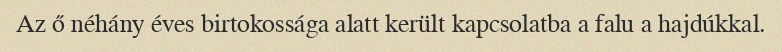
Az ő néhány éves birtokossága alatt került kapcsolatba a falu a hajdúkkal.